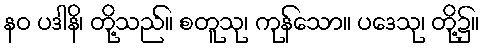
နဝ ပဒါနိ၊ တို့သည်။ စတူသု၊ ကုန်သော။ ပဒေသု၊ တို့၌။